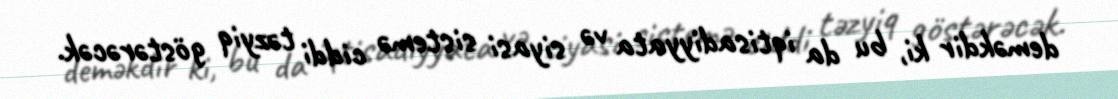
deməkdir ki, bu da iqtisadiyyata və siyasi sistemə ciddi təzyiq göstərəcək.